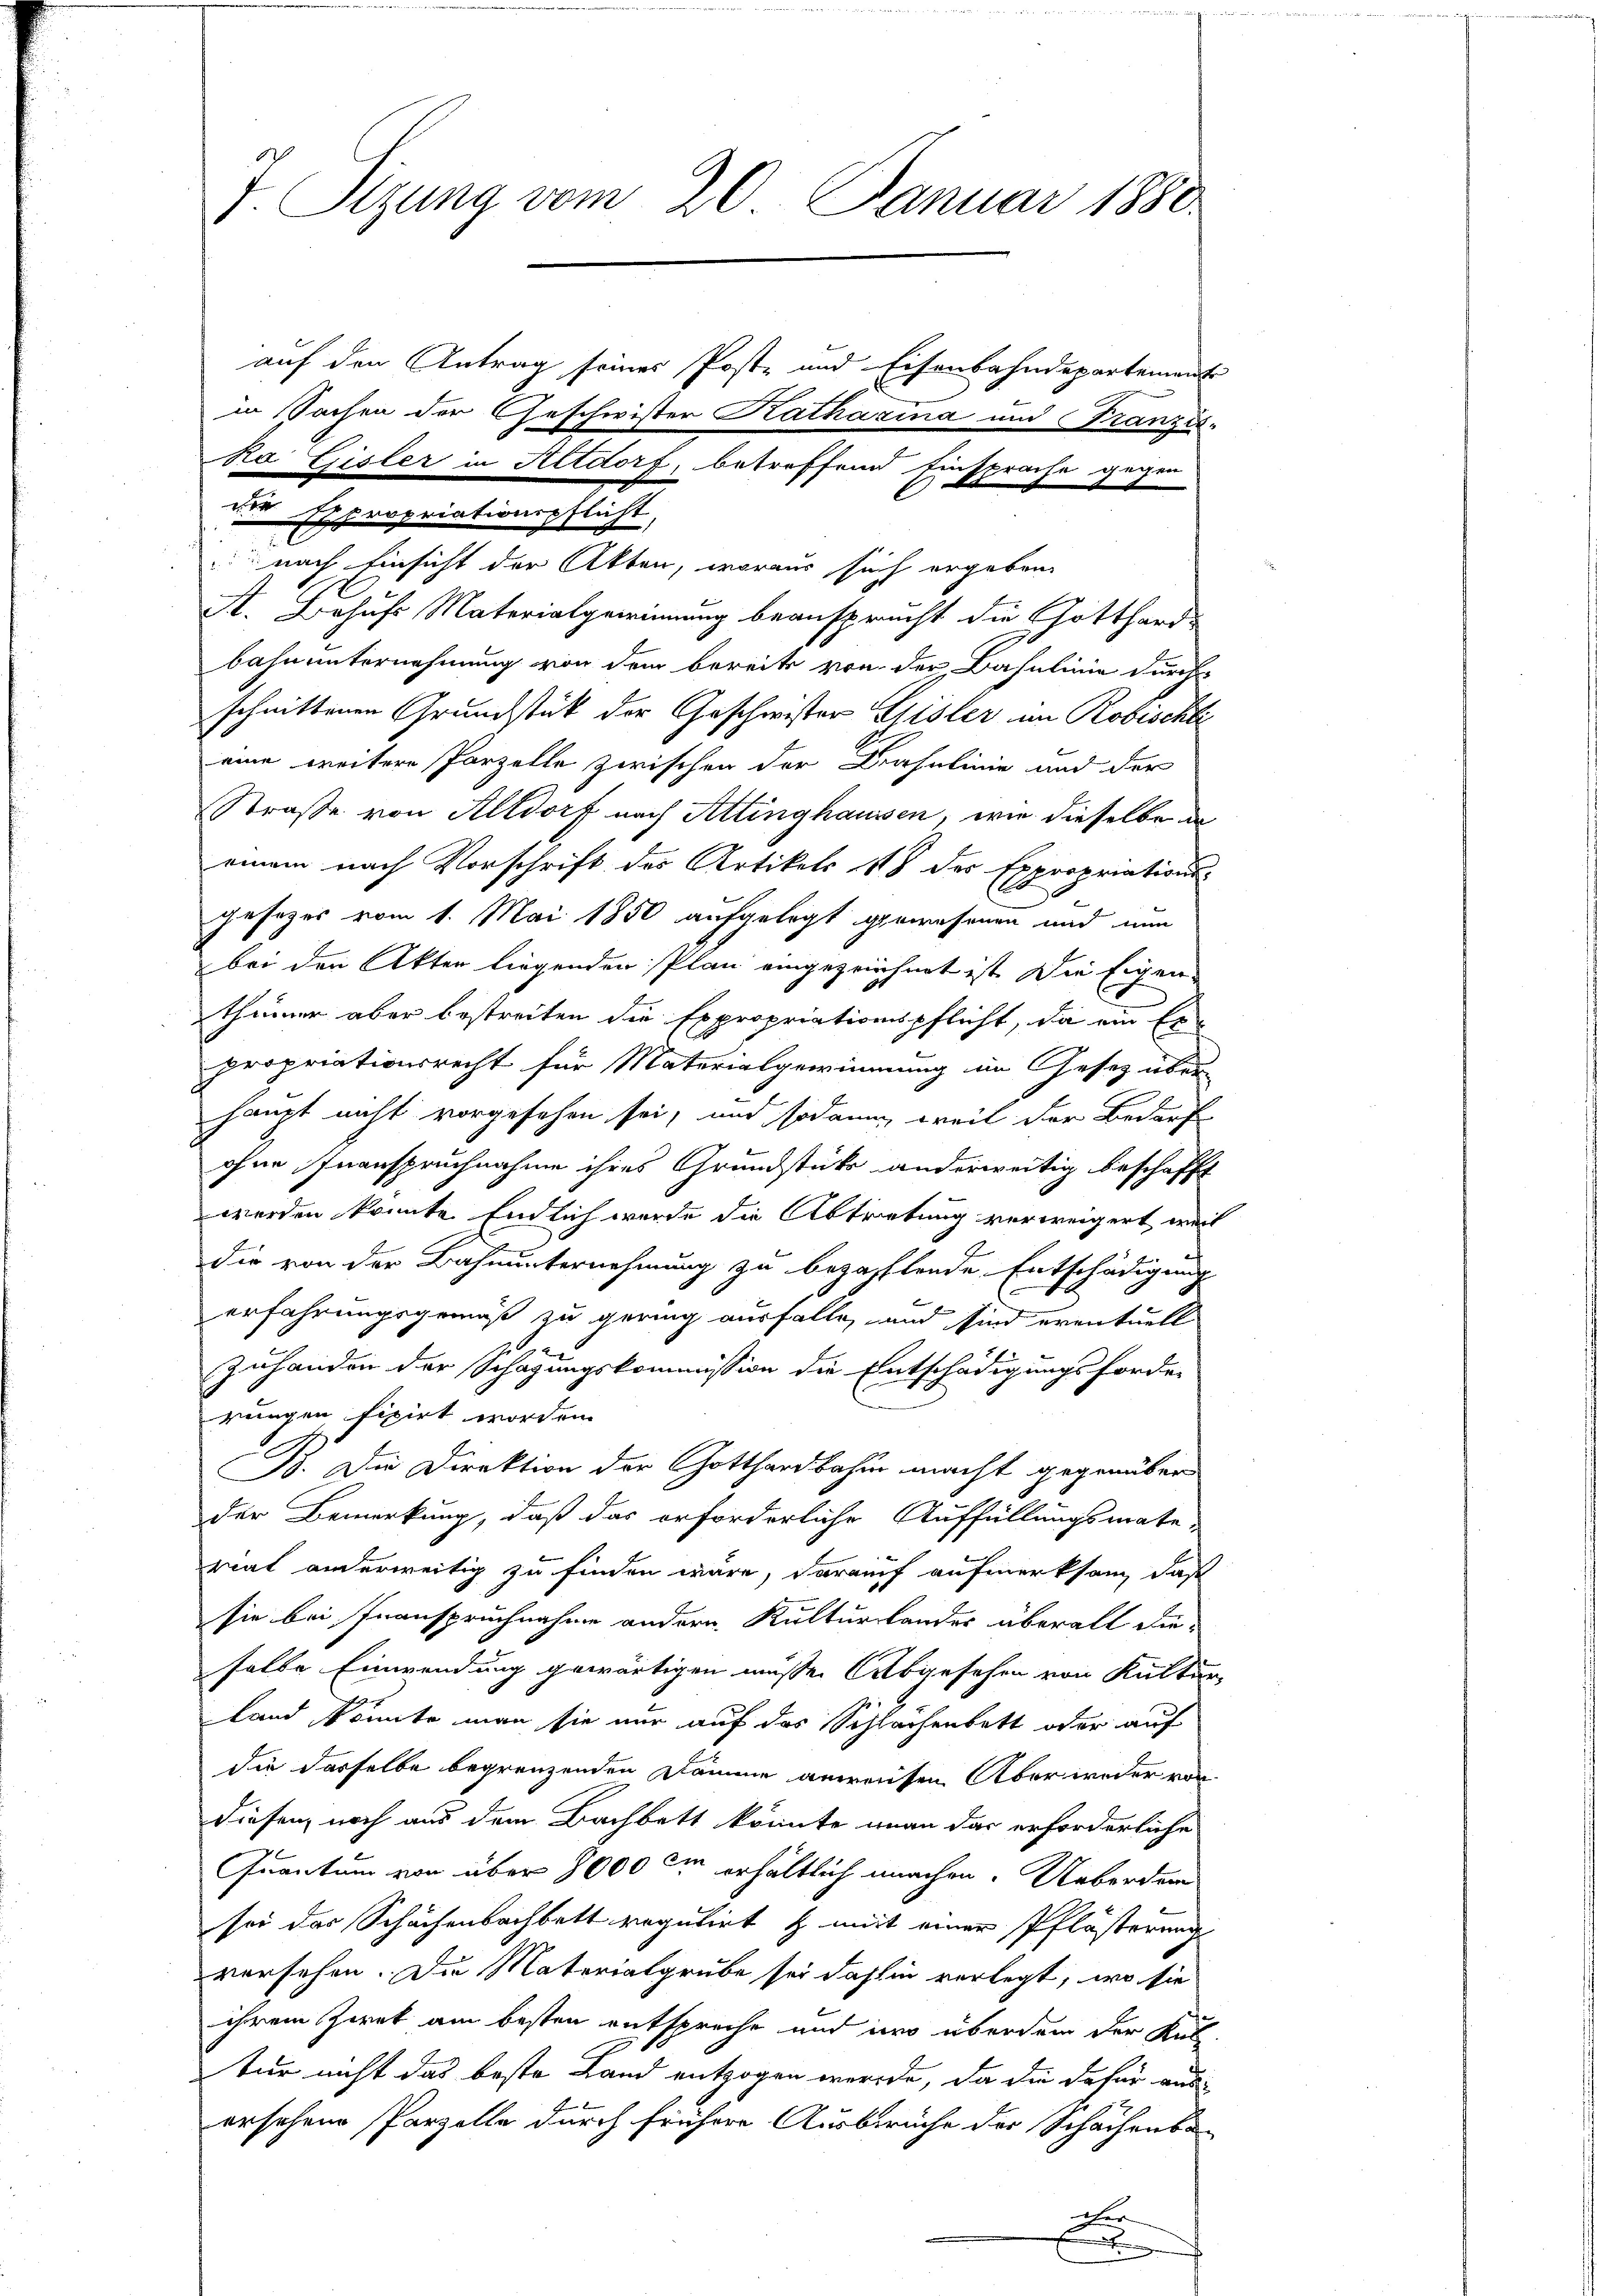
T. Sizung vom 20. Januar 1880

auf den Antrag seines Poste und Eisenbahndepartement
in Sachen der Geschwister Katharina und Franzis
Ra Gisler in Altdorf, betreffend Einsprache gegen
die Expropriationspflicht,
nach Einsicht der Akten, woraus sich ergeben
A. Behufs Materialgewinnung beansprecht die Gotthard-
bahnunternehmung von dem bereits von der Bahnlinie durch
schnittenen Grundstät der Geschwister Eisler im Robischli
eine weitere Parzelle zwischen der Prasulinie und der
Straße von Altdorf nach Attinghaussen, wie dieselbe an
einem nach Vorschrift des Artikels 18 des Expropriationsgesezes vom 1. Mai 1850 aufgelegt gewesenen und nun
bei den Akten liegenden Plan eingezeichnet ist. Die Eigen
thümer aber bestreiten die Expropriationspflicht, da ein Er-
propriationsrecht für Materialgewinnung im Gesetz über
haupt nicht vorgesehen sei, und sodann, weil der Bedarf
ohne Inanspruchnahme ihres Grundstücke anderweitig beschafft
werden könnte. Endlich wurde die Abtretung verweigert, weil
die von der Bahnunternehmung zu bezahlende Entschädigung
erfahrungsgemäß zu gering ausfalle, und sind eventuell
.
zuhanden der schafungskommission die Entschädigungsforder
rungen fixirt worden.
B. Die Direktion der Gotthardbahn macht gegenüber
der Bemerkung, daß das erforderliche Auffüllungsmate-
riat anderweitig zu finden wäre, darauf aufmerksam, daß
sie bei Inanspruchnahme andern Kulturlander überall die-
salle Einwendung gewärtigen müsse. Abgesehen von Kultur,
Land könnte man sie nur auf das Schlachenbett oder auf
die dasselbe begrenzenden Dämme anweichen Aber weder von
diesen noch aus dem Bachbett könnte man das erforderliche
Quantum von über 8000 im erhältlich machen. Ueberden
sei das Schächenbachbett regulirt & mit einer Pflästerung
versehen. Die Materialgrube sei dahin verlegt, wo sie
ihrem Zwek am besten entspreche und wo überdem der Rut
tur nicht das beste Land entzogen werde, da die dafür aus
ersehene Parzelle durch frühere Ausbrüche der Schachenba-
dher
x

6